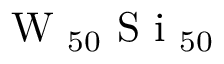
\textrm { W } _ { 5 0 } \textrm { S i } _ { 5 0 }